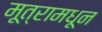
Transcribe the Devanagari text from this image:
मूत्रामधून